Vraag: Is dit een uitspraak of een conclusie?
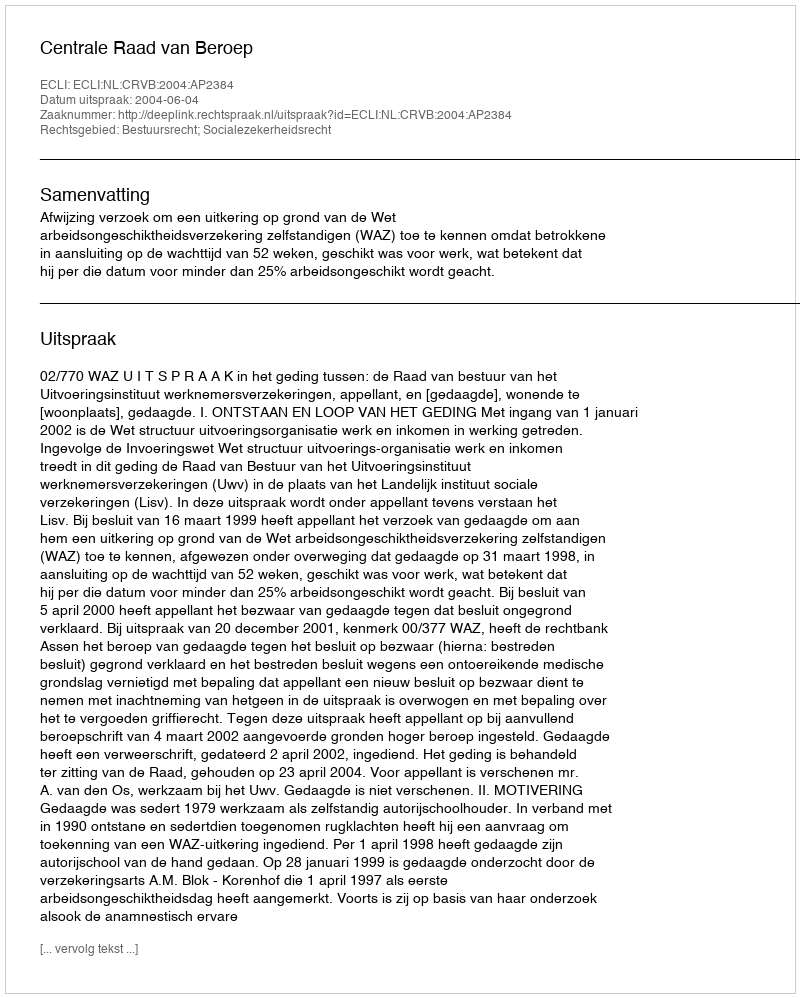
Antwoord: Uitspraak